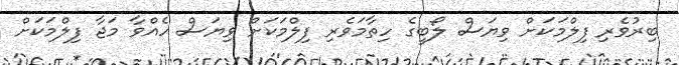
ބިރުވެރި ފިލްމަކަށް ވިޔަސް ލޯބީގެ ހިތާމަވެރި ފިލްމަކަށް ވިޔަސް ހެއްވާ މަޖާ ފިލްމަކަށް